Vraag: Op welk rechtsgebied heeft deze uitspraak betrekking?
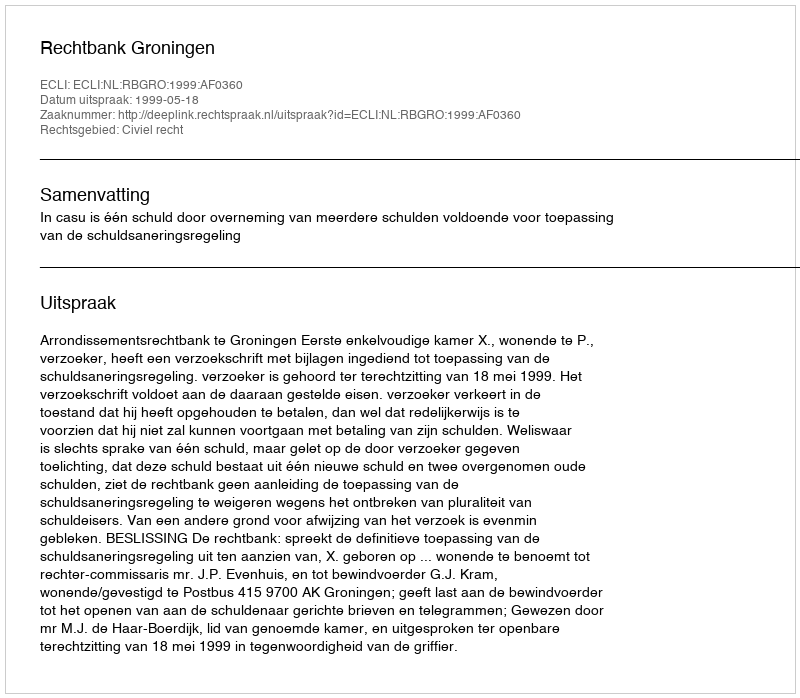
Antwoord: Civiel recht